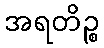
အရတိဉ္စ